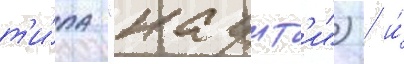
т'и́па "каунт'и") / и́